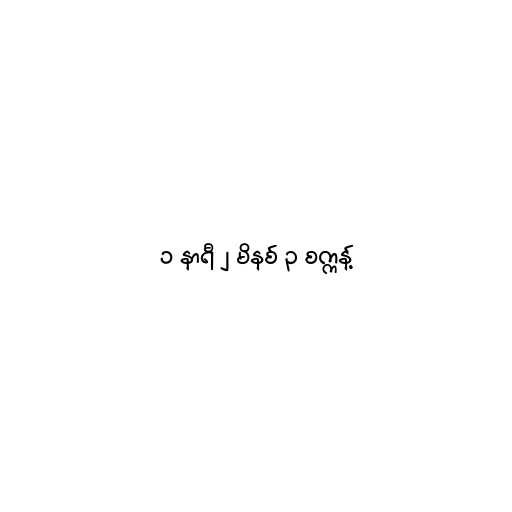
၁ နာရီ ၂ မိနစ် ၃ စက္ကန့်